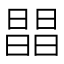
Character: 𣊫